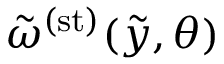
\tilde { \omega } ^ { ( \mathrm { s t } ) } ( \tilde { y } , \theta )